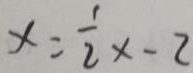
x = \frac { 1 } { 2 } x - 2